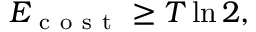
E _ { \mathrm { ~ c ~ o ~ s ~ t ~ } } \ge T \ln 2 ,